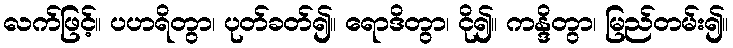
လက်ဖြင့်။ ပဟရိတွာ၊ ပုတ်ခတ်၍။ ရောဒိတွာ၊ ငို၍။ ကန္ဒိတွာ၊ မြည်တမ်း၍။